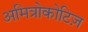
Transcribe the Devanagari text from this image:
अमित्रोकोटिज़